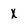
Character: x